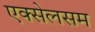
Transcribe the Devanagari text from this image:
एक्सेलसम